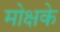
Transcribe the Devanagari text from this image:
मोक्षके